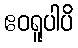
ဧဝရူပါပိ